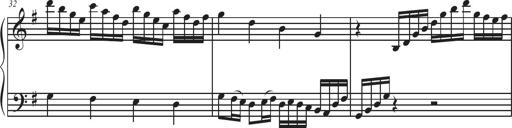
Title: Sonatina Espania
Composer: Jerald Franklin Archer
Key: Various